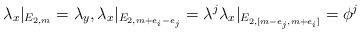
\begin{align*}\lambda_x|_{E_{2,m}}=\lambda_y, \lambda_x|_{E_{2, m+e_i-e_j}}=\lambda^j \lambda_x|_{E_{2, [m-e_j, m+e_i] }}= \phi^j\end{align*}